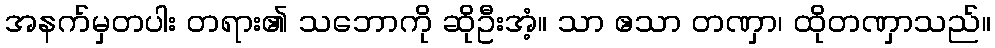
အနက်မှတပါး တရား၏ သဘောကို ဆိုဦးအံ့။ သာ ဧသာ တဏှာ၊ ထိုတဏှာသည်။